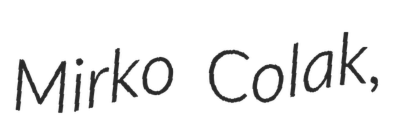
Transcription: Mirko Colak,